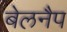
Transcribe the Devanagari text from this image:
बेलनैप